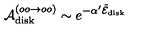
\ { \cal A } _ { \mathrm { d i s k } } ^ { ( o o \rightarrow o o ) } \sim e ^ { - \alpha ^ { \prime } { \tilde { \cal E } } _ { \mathrm { d i s k } } } \